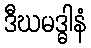
ဒီဃမဒ္ဓါနံ